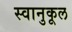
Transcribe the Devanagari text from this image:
स्वानुकूल